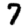
Digit: 7